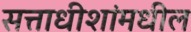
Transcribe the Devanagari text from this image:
सत्ताधीशांमधील